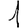
Digit: 1